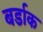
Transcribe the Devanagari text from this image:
बर्डाक